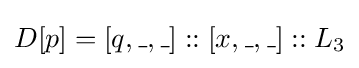
D[p]=[q,\_,\_]::[x,\_,\_]::L_{3}